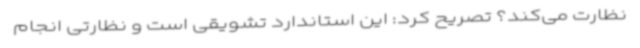
نظارت می‌کند؟ تصریح کرد: این استاندارد تشویقی است و نظارتی انجام